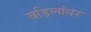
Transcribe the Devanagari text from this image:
वडिलांवर